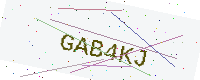
Text: GAB4KJ